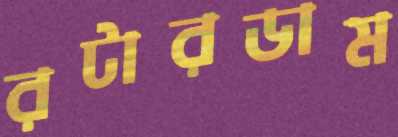
রটারডাম